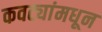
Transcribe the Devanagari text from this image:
कवट्यांमधून